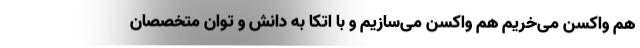
هم واکسن می‌خریم هم واکسن می‌سازیم و با اتکا به دانش و توان متخصصان